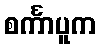
စင်္ကာပူက